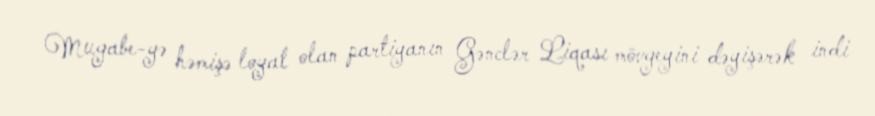
Mugabe-yə həmişə loyal olan partiyanın Gənclər Liqası mövgeyini dəyişərək indi